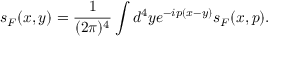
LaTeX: s _ { F } ( x , y ) = { \frac { 1 } { ( 2 \pi ) ^ { 4 } } } \int d ^ { 4 } y e ^ { - i p ( x - y ) } s _ { F } ( x , p ) .